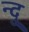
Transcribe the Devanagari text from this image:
न्दु